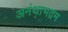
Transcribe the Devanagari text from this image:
अनंथाभद्रम